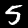
Label: 5